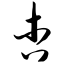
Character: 杏